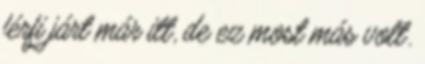
férfi járt már itt, de ez most más volt.